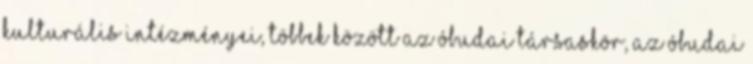
kulturális intézményei, többek között az Óbudai Társaskör, az Óbudai